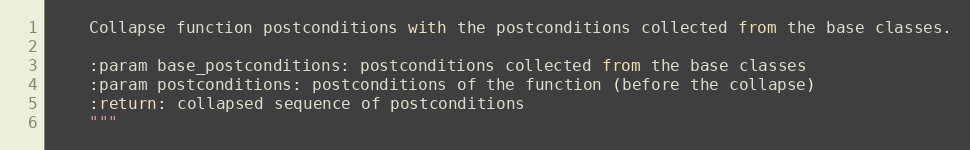
Language: Python
    Collapse function postconditions with the postconditions collected from the base classes.

    :param base_postconditions: postconditions collected from the base classes
    :param postconditions: postconditions of the function (before the collapse)
    :return: collapsed sequence of postconditions
    """